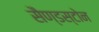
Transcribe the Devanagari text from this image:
सैण्डस्टोन